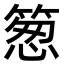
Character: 䈡